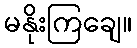
မနိုးကြချေ။